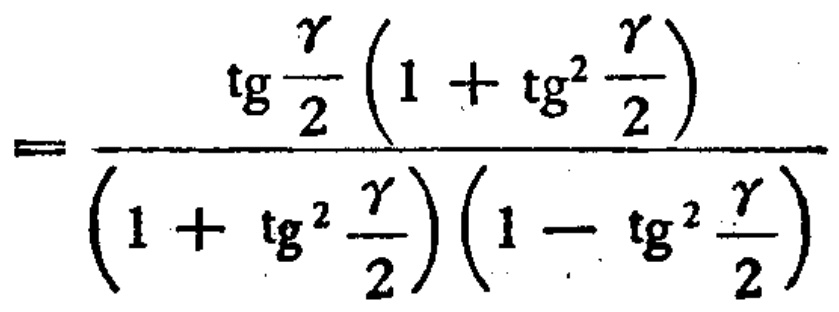
\[=\frac{\operatorname{tg}\frac{\gamma}{2}\left(1 + \operatorname{tg}^{2}\frac{\gamma}{2}\right)}{\left(1 + \operatorname{tg}^{2}\frac{\gamma}{2}\right)\left(1 - \operatorname{tg}^{2}\frac{\gamma}{2}\right)}\]